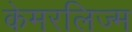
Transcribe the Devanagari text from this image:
केमरलिज्म